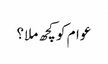
عوام کو کچھ ملا؟